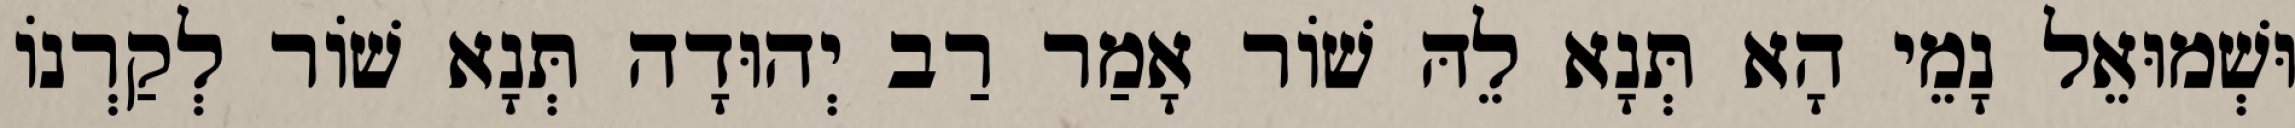
וּשְׁמוּאֵל נָמֵי הָא תְּנָא לֵהּ שׁוֹר אָמַר רַב יְהוּדָה תְּנָא שׁוֹר לְקַרְנוֹ